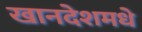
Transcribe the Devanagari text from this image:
खानदेशमधे